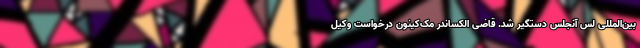
بین‌المللی لس آنجلس دستگیر شد. قاضی الکساندر مک‌کینون درخواست وکیل